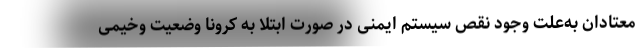
معتادان به‌علت وجود نقص سیستم ایمنی در صورت ابتلا به کرونا وضعیت وخیمی